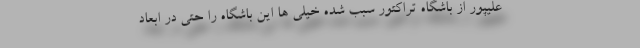
علیپور از باشگاه تراکتور سبب شده خیلی ها این باشگاه را حتی در ابعاد